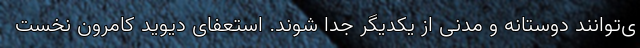
ی‌توانند دوستانه و مدنی از یکدیگر جدا شوند. استعفای دیوید کامرون نخست